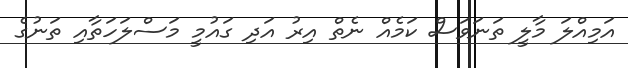
އަމިއްލަ މާލީ ތަނަވަސް ކަމެއް ނެތް އިރު އަދި ގައުމީ މަސްލަހަތާއި ތަނުގެ